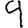
Digit: 9